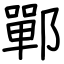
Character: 鄲